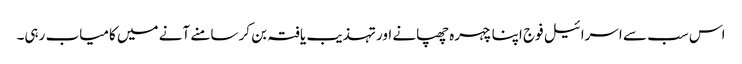
اس سب سے اسرائیل فوج اپنا چہرہ چھپانے اور تہذیب یافتہ بن کر سامنے آنے میں کامیاب رہی۔